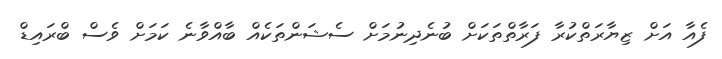
ފެއާ އަށް ޒިޔާރަތްކުރާ ފަރާތްތަކަށް ބުނެދިނުމަށް ސެޝަންތަކެއް ބާއްވާނެ ކަމަށް ވެސް ބްރައިޑް